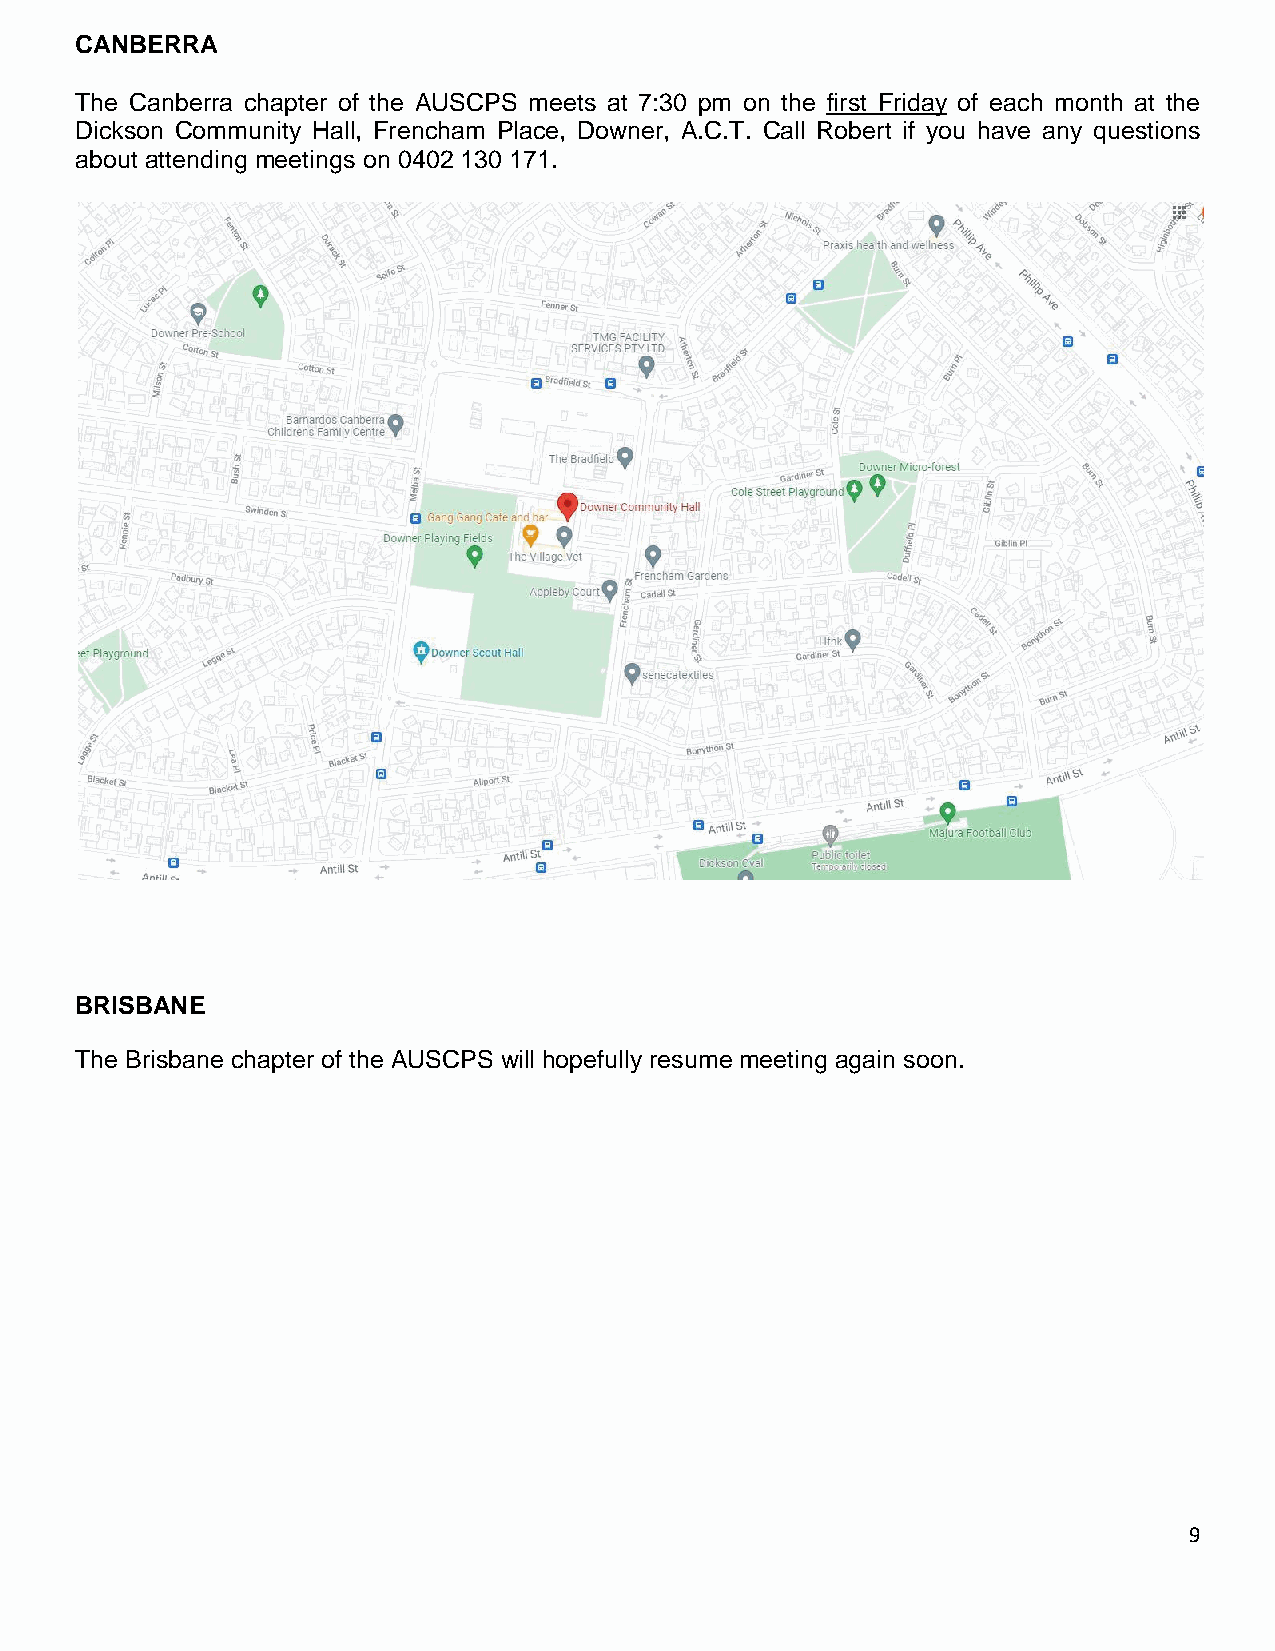
CANBERRA
 The Canberra chapter of the AUSCPS meets at 7:30 pm on the first Friday of each month at the
 Dickson Community Hall, Frencham Place, Downer, A.C.T. Call Robert if you have any questions
 about attending meetings on 0402 130 171.
 BRISBANE
 The Brisbane chapter of the AUSCPS will hopefully resume meeting again soon.
 9